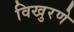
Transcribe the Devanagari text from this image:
विखुरणे